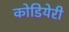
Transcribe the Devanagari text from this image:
कोडियेरी